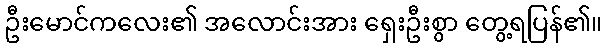
ဦးမောင်ကလေး၏ အလောင်းအား ရှေးဦးစွာ တွေ့ရပြန်၏။